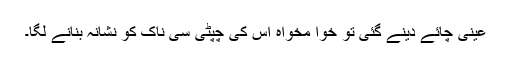
عینی چائے دینے گئی تو خوا مخواہ اس کی چپٹی سی ناک کو نشانہ بنانے لگا۔